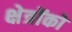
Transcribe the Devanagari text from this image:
क्षेत्रोंको